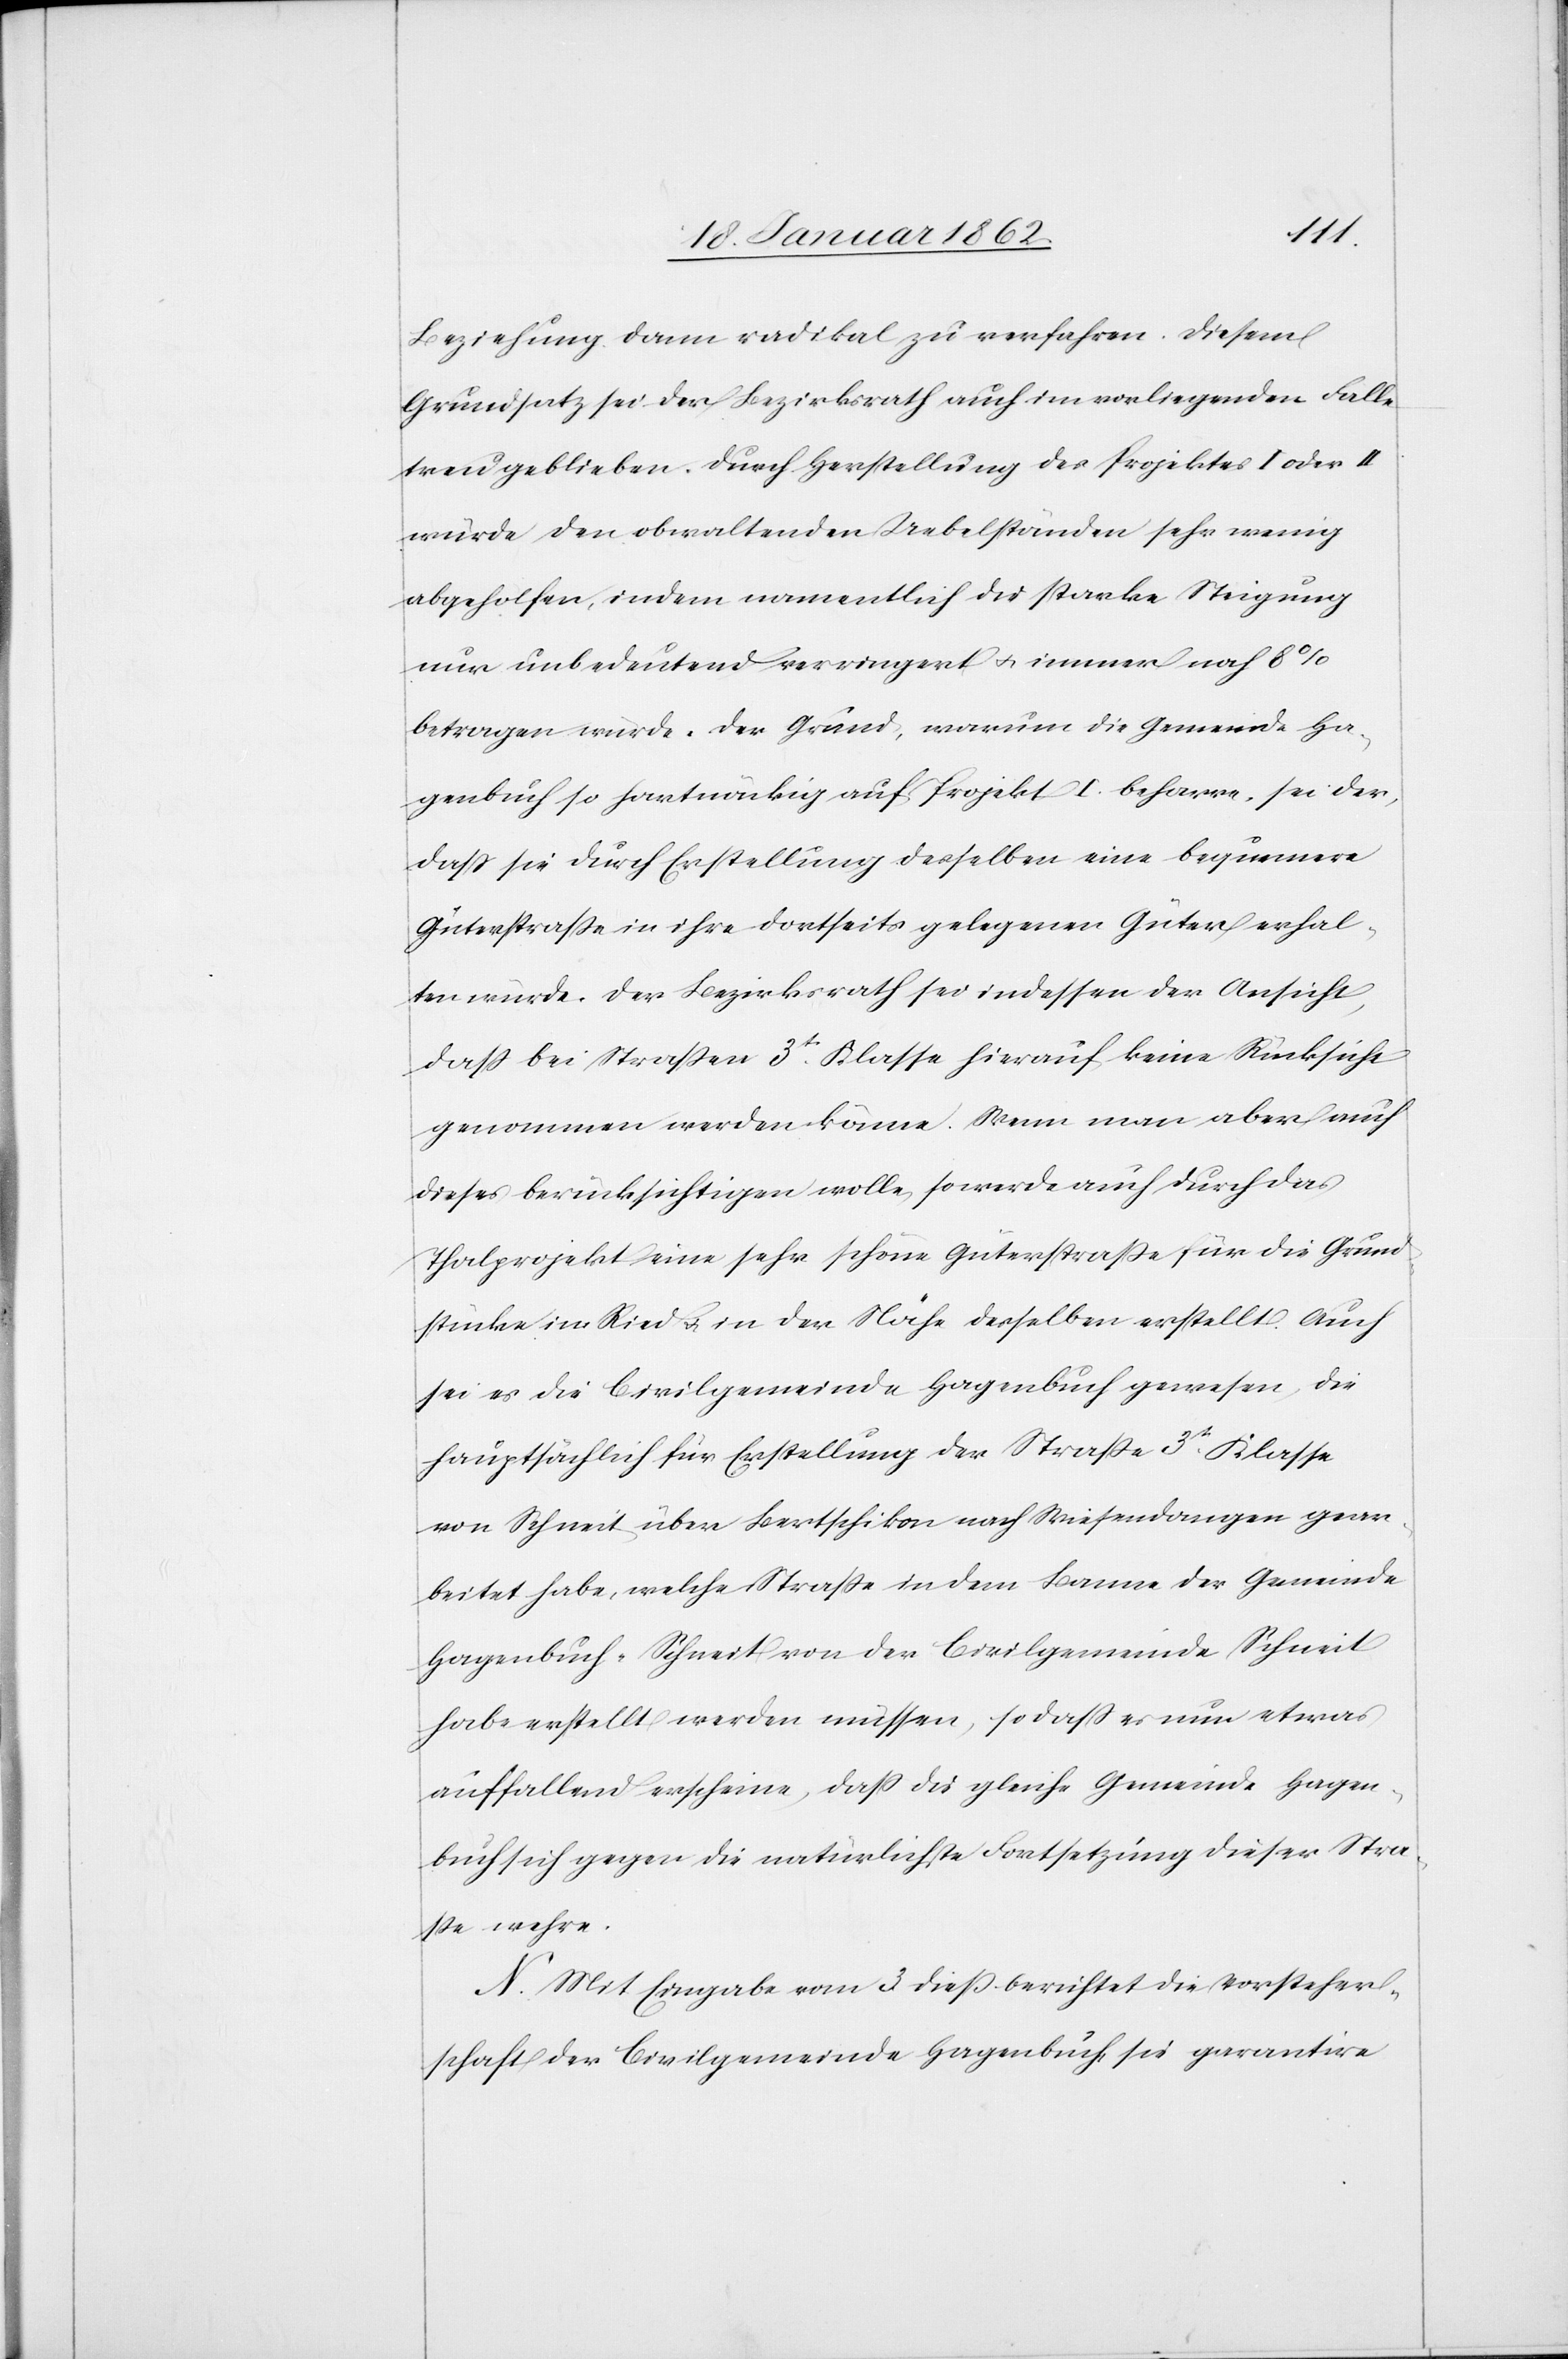
Beziehung dann radikal zu verfahren. Diesem
Grundsatz sei der Bezirksrath auch im vorliegenden Falle
treu geblieben. Durch Herstellung des Projektes I oder II
würde den obwaltenden Uebelständen sehr wenig
abgeholfen, indem namentlich die starke Steigung
nur unbedeutend verringert u. immer noch 8%
betragen würde. Der Grund, warum die Gemeinde Ha¬
genbuch so hartnäckig auf Projekt I. beharre, sei der,
daß sie durch Erstellung desselben eine bequemere
Güterstraße in ihre dortseits gelegenen Güter erhal¬
ten würde. Der Bezirksrath sei indessen der Ansicht,
daß bei Straßen 3tr. Klasse hierauf keine Rücksicht
genommen werden könne. Wenn man aber auch
dieses berücksichtigen wolle, so werde auch durch das
Thalprojekt eine sehr schöne Güterstraße für die Grund¬
stücke im Ried u. in der Nähe desselben erstellt. Auch
sei es die Civilgemeinde Hagenbuch gewesen, die
hauptsächlich für Erstellung der Straße 3tr. Klasse
von Schneit über Bertschikon nach Wiesendangen gear¬
beitet habe, welche Straße in dem Banne der Gemeinde
Hagenbuch-Schneit von der Civilgemeinde Schneit
habe erstellt werden müssen, so daß es nun etwas
auffallend erscheine, daß die gleiche Gemeinde Hagen¬
buch sich gegen die natürlichste Fortsetzung dieser Stra¬
ße wehre.
N. Mit Eingabe vom 3. dieß berichtet die Vorsteher¬
schaft der Civilgemeinde Hagenbuch, sie garantire